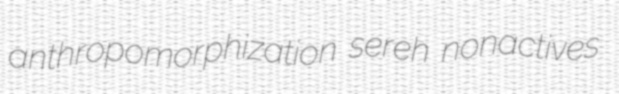
anthropomorphization sereh nonactives